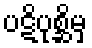
ပဋိပုစ္ဆိမှ